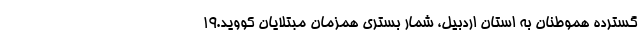
گسترده هموطنان به استان اردبیل، شمار بستری همزمان مبتلایان کووید.۱۹